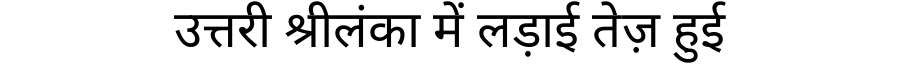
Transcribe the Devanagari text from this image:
उत्तरी श्रीलंका में लड़ाई तेज़ हुई